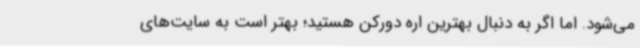
می‌شود. اما اگر به دنبال بهترین اره دورکن هستید؛ بهتر است به سایت‌های